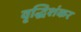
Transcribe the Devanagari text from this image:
वृद्धिशंकर